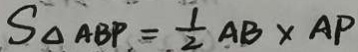
S _ { \Delta A B P } = \frac { 1 } { 2 } A B \times A P